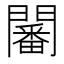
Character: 𨶸